Statistics of inoculations with Haffkine's anti-plague vaccine 1897-1900
Year: 1897
Disease focus: Plague
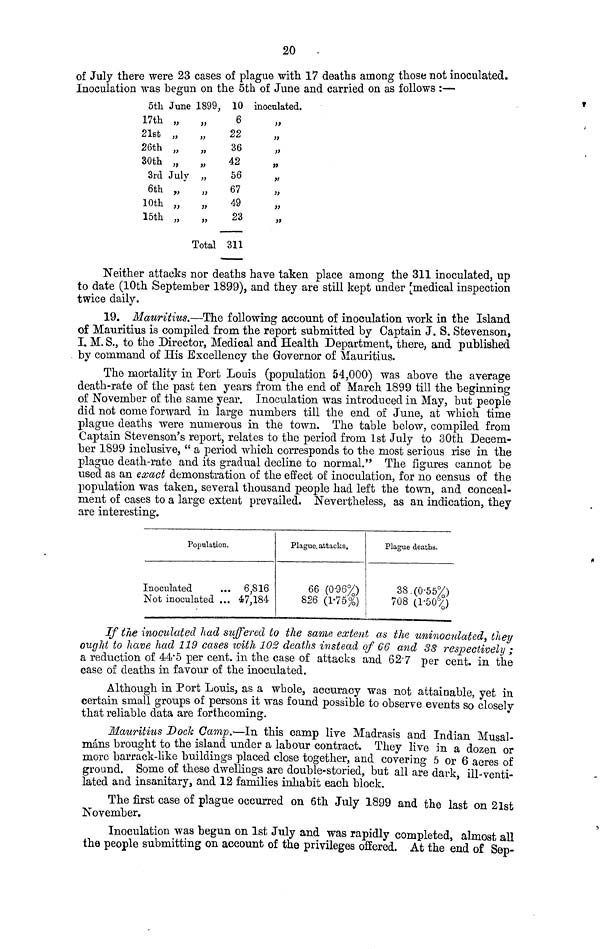
20
of July there were 23 cases of plague with 17 deaths among those not inoculated.
Inoculation was begun on the 5th of June and carried on as follows :—
5th June
17th „
21st „
26th „
30th „
3rd July
6th „
10th „
15th „
1899,
,,
,,
,,
,,
,,
,,
,,
,,
Total
10
6
22
36
42
56
67
49
23
311
inoculated.
,,
,,
,,
,,
,,
,,
,,
,,
Neither attacks nor deaths have taken place among the 311 inoculated, up
to date (10th September 1899), and they are still kept under [medical inspection
twice daily.
19. Mauritius.—The following account of inoculation work in the Island
of Mauritius is compiled from the report submitted by Captain J. S. Stevenson,
I. M. S., to the Director, Medical and Health Department, there, and published
, by command of His Excellency the Governor of Mauritius.
The mortality in Port Louis (population 54,000) was above the average
death-rate of the past ten years from the end of March 1899 till the beginning
of November of the same year. Inoculation was introduced in May, but people
did not come forward in large numbers till the end of June, at which time
plague deaths were numerous in the town. The table below, compiled from
Captain Stevenson's report, relates to the period from 1st July to 30th Decem-
ber 1899 inclusive, " a period which corresponds to the most serious rise in the
plague death-rate and its gradual decline to normal." The figures cannot be
used as an exact demonstration of the effect of inoculation, for no census of the
population was taken, several thousand people had left the town, and conceal-
ment of cases to a large extent prevailed. Nevertheless, as an indication, they
are interesting.
Population.
Inoculated ...
Not inoculated ...
6,816
47,184
Plague, attacks.
66 (0-96%)
826 (1-75%)
Plague deaths.
38. (0-55%)
708 (1-50%)
If the inoculated had suffered to the same extent as the uninoculatea, they
ought to have had 119 cases with 102 deaths instead of 66 and 38 respectively ;
a reduction of 44.5 per cent. in the case of attacks and .627 per cent. in the
case of deaths in favour of the inoculated.
Although in Port Louis, as a whole, accuracy was not attainable, yet in
certain small groups of persons it was found possible to observe events so closely
that reliable data are forthcoming.
Mauritius Dock Camp.—In this camp live Madrasis and Indian Musal-
máns brought to the island under a labour contract. They live in a dozen or
more barrack-like buildings placed close together, and covering 5 or 6 acres of
ground. Some of these dwellings are double-storied, but all are dark, ill-venti-
lated and insanitary, and 12 families inhabit each block.
The first case of plague occurred on 6th July 1899 and the last on 21st
November.
Inoculation was begun on 1st July and was rapidly completed, almost all
the people submitting on account of the privileges offered. At the end of Sep-